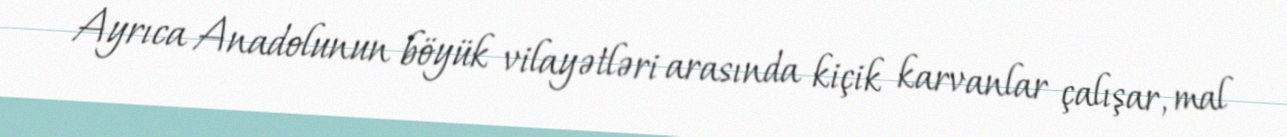
Ayrıca Anadolunun böyük vilayətləri arasında kiçik karvanlar çalışar, mal